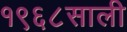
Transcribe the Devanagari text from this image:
१९६८साली